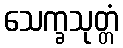
သေက္ခသုတ္တံ